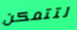
لتتمكن